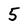
Character: 5